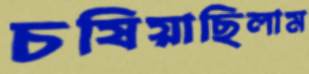
চষিয়াছিলাম